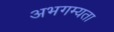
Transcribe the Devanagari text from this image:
अभगम्यता